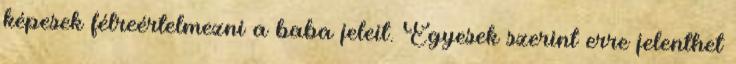
képesek félreértelmezni a baba jeleit. Egyesek szerint erre jelenthet